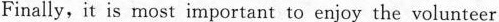
Finally, it is most important to enjoy the volunteer